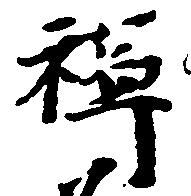
禅